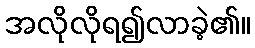
အလိုလိုရ၍လာခဲ့၏။